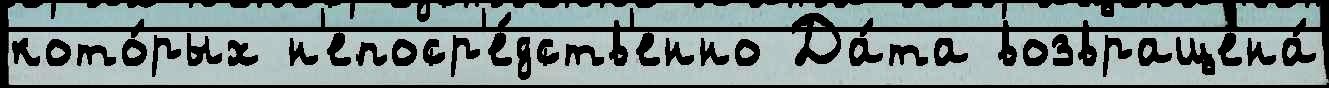
кото́рых н'епоср'е́дств'енно Да́та возвращена́